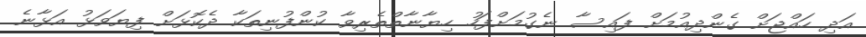
އަދި ހައްޖަށް ގެންދިއުމަށް ފައިސާ ނެގުމަށްފަހު ހިޔާނާތްތެރިވާ ކުންފުނިތަކާ ދެކޮޅަށް ފިޔަވަޅު އަޅާނެ